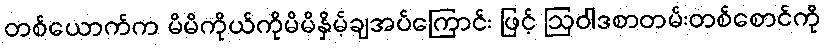
တစ်ယောက်က မိမိကိုယ်ကိုမိမိနှိမ့်ချအပ်ကြောင်း ဖြင့် ဩဝါဒစာတမ်းတစ်စောင်ကို